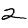
Digit: 2